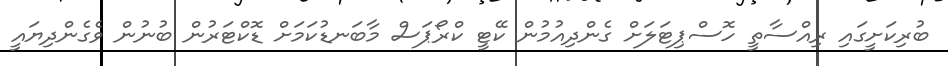
ބުރިކަށީގައި ރިއްސާތީ ހޮސްޕިޓަލަށް ގެންދިއުމުން ކޭޓީ ކްރޯޕަސް މާބަނޑުކަމަށް ޑޮކްޓަރުން ބުނުން ވެގެންދިޔައީ